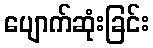
ပျောက်ဆုံးခြင်း